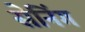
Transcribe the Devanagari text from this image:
सेनिंग